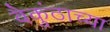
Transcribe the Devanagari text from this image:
वैकुंठाच्या